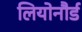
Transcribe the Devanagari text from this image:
लियोनौर्ड